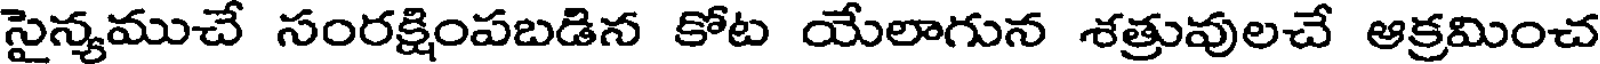
సైన్యముచే సంరక్షింపబడిన కోట యేలాగున శత్రువులచే ఆక్రమించ